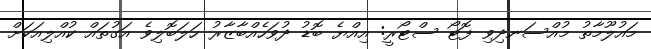
މައުލޫމާތު މުއްސަނދިވި ފޮޓޯ ސްޓޯރީ: އިއްޔެ ބޮޑު ދުވަހެއްބާޒާރު ހަލަބޮލިވެ އަގުތައް ކުއްލިއަކަށް